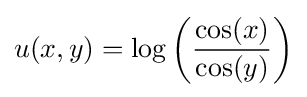
u(x,y)=\log \left({\frac {\cos(x)}{\cos(y)}}\right)